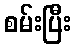
စမ်းပြီး